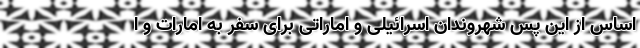
اساس از این پس شهروندان اسرائیلی و اماراتی برای سفر به امارات و ا